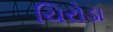
ચિરોડા